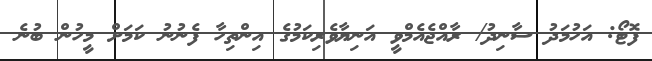
ފޮޓޯ: އަހުމަދު ސާނިދު/ ރާއްޖެއެމްވީ އަނިޔާވެރިކަމުގެ އިންތިހާ ފެނުނު ކަމަށް މީހުން ބުނެ